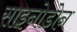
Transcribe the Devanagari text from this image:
साइनोडोन